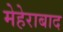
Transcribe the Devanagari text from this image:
मेहेराबाद